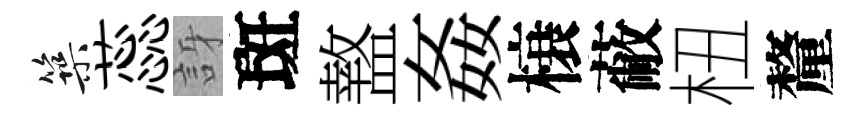
築蕊訝斑盩姦榱蔽杻釐